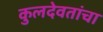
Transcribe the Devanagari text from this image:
कुलदेवतांचा